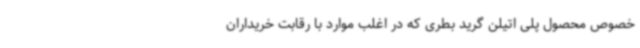
خصوص محصول پلی اتیلن گرید بطری که در اغلب موارد با رقابت خریداران